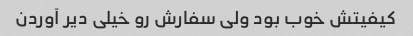
کیفیتش خوب بود ولی سفارش رو خیلی دیر آوردن